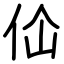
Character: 佡